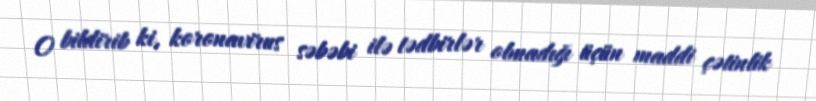
O bildirib ki, koronavirus səbəbi ilə tədbirlər olmadığı üçün maddi çətinlik